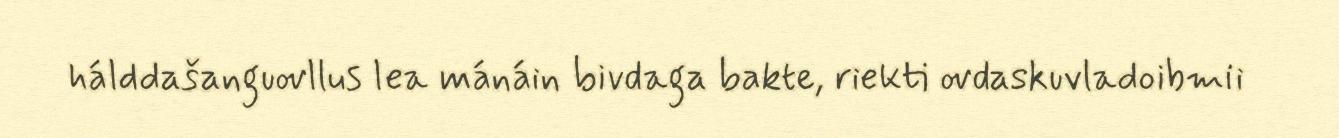
hálddašanguovllus lea mánáin bivdaga bakte, riekti ovdaskuvladoibmii